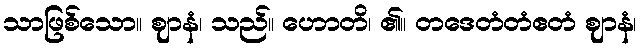
သာဖြစ်သော။ ဈာနံ၊ သည်။ ဟောတိ၊ ၏။ တဒေတံတံဧတံ ဈာနံ၊